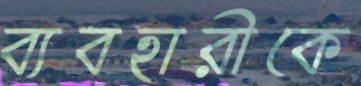
ব্যবহারীকে